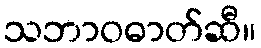
သဘာဝဓာတ်ဆီ။